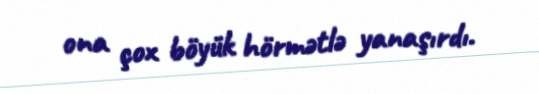
ona çox böyük hörmətlə yanaşırdı.